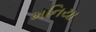
મનિયા